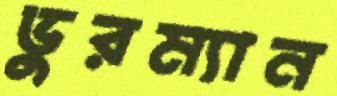
ভুরম্যান